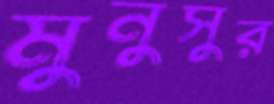
মুনুসুর